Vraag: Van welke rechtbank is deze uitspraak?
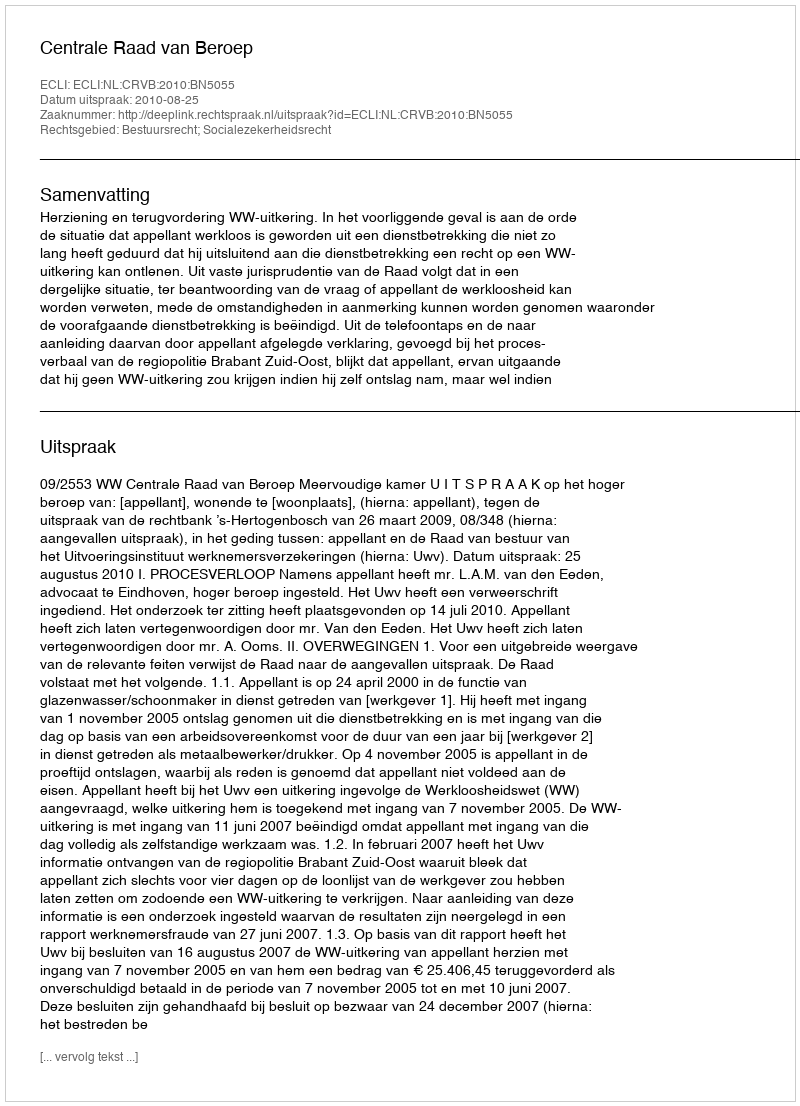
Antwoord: Centrale Raad van Beroep